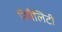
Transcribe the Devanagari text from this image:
रियैलिटी